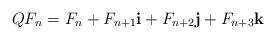
LaTeX: \begin{align*}QF_{n}=F_{n}+F_{n+1}\textbf{i}+F_{n+2}\textbf{j}+F_{n+3}\textbf{k}\end{align*}